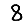
Digit: 8